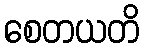
စေတယတိ